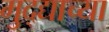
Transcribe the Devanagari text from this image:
मुद्द्याच्‍या